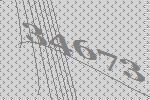
34673